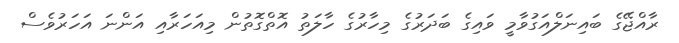
ރާއްޖޭގެ ބައިނަލްއަގުވާމީ ވައިގެ ބަދަރުގެ މިހާރުގެ ހާލަތު އޮތްގޮތުން މިއަހަރާއި އަންނަ އަހަރުވެސް